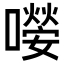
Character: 𡁊